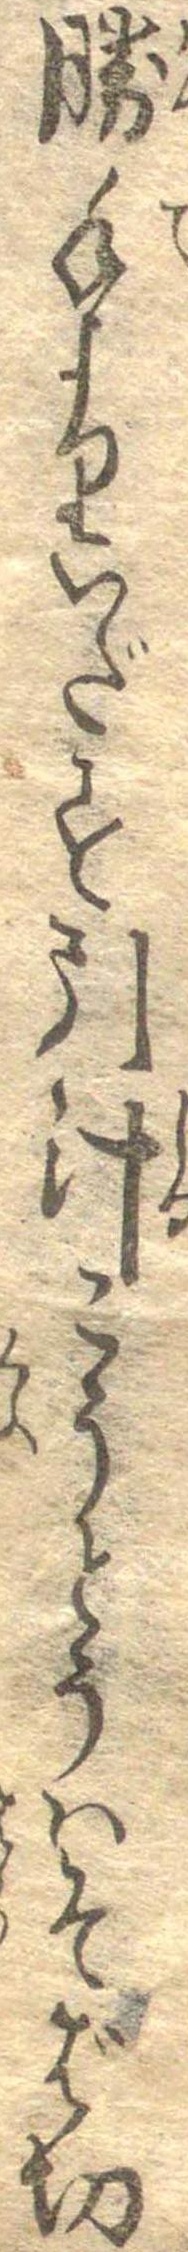
勝手よりいだす引汁こうとうはそば切